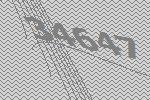
34647